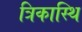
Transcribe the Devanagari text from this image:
त्रिकास्थि